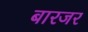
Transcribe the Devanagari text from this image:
बारजर